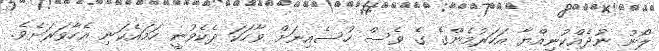
ލޯނު ނުދެއްކުނިއްޔާ އަހަރުމެންގެ ގެ ވެސް ހުސެއިނަށް ވާހަކަ ދެކެވުނީ ހަމައެކަނި އެހާވަރަށެވެ.